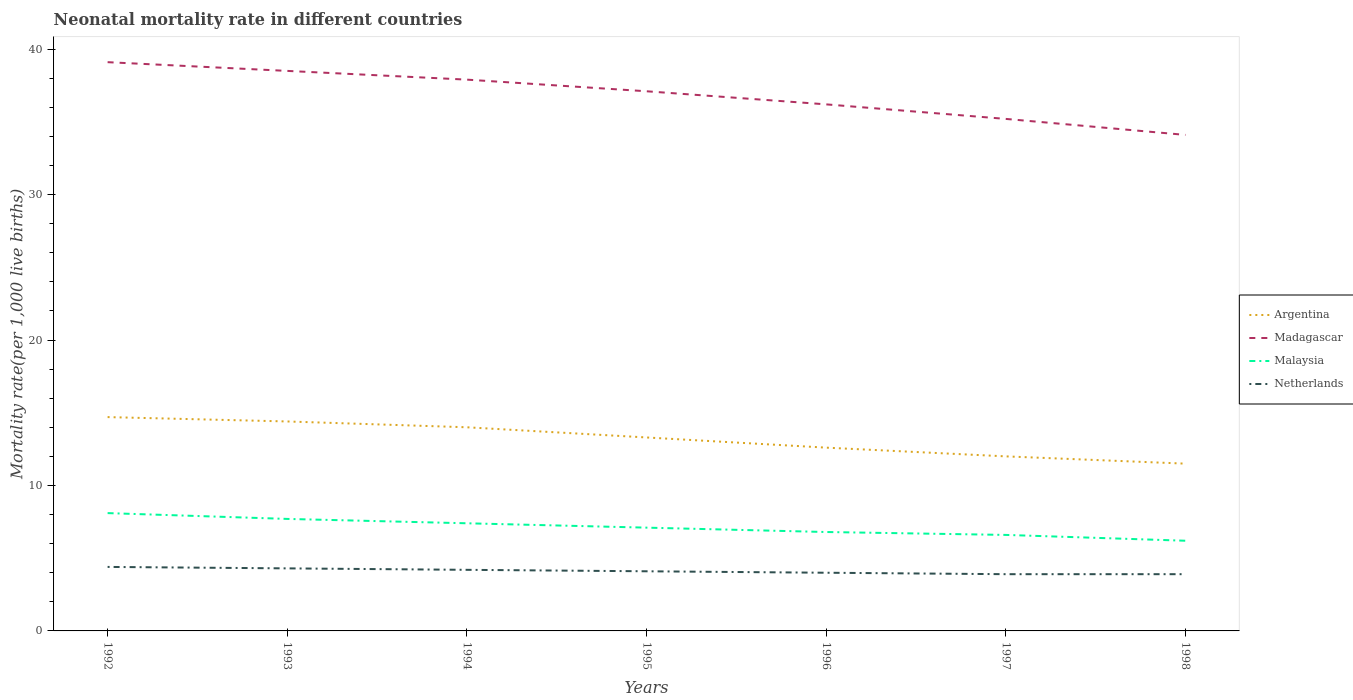
| Years | Argentina | Madagascar | Malaysia | Netherlands |
 | --- | --- | --- | --- | --- |
 | 1992 | 14.7 | 39.1 | 8.1 | 4.4 |
 | 1993 | 14.4 | 38.5 | 7.7 | 4.3 |
 | 1994 | 14 | 37.9 | 7.4 | 4.2 |
 | 1995 | 13.3 | 37.1 | 7.1 | 4.1 |
 | 1996 | 12.6 | 36.2 | 6.8 | 4 |
 | 1997 | 12 | 35.2 | 6.6 | 3.9 |
 | 1998 | 11.5 | 34.1 | 6.2 | 3.9 |